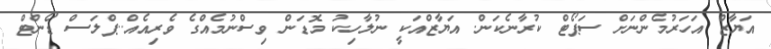
އަޔާޒް އަހަރުމެންނަށް ސަޕޯޓް ކުރާނެކަން. އަޔާޒްއަކީ ނުލާހިކު މޮޑަން ވިސްނުމެއްގެ ވެރިއެއް..ޕްލަސް ޑޯންޓް